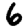
Digit: 6